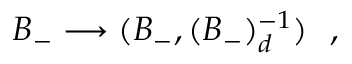
B _ { - } \longrightarrow ( B _ { - } , ( B _ { - } ) _ { d } ^ { - 1 } ) \ \ ,